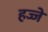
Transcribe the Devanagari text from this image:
हज्जे